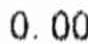
0.00